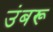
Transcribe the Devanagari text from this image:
उंबरू